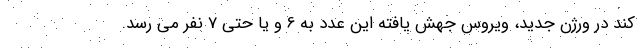
کند در ورژن جدید، ویروس جهش یافته این عدد به 6 و یا حتی 7 نفر می رسد.